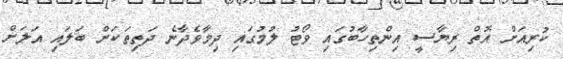
ކުރިއަށް އޮތް ރިޔާސީ އިންތިހާބުގައި ވޯޓު ލުމުގައި ދިމާވެދާނެ ދަތިތަކަށް ބަލައި އަލަށް